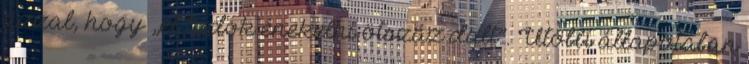
azzal, hogy „el tudok énekelni ötszáz dalt”. Utóbbi állapotában